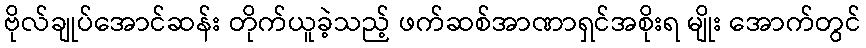
ဗိုလ်ချုပ်အောင်ဆန်း တိုက်ယူခဲ့သည့် ဖက်ဆစ်အာဏာရှင်အစိုးရ မျိုး အောက်တွင်